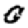
Digit: 0